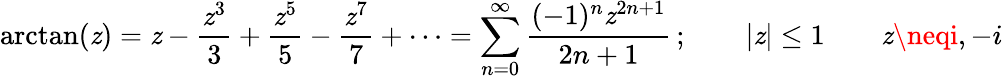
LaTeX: \arctan(\mathit{z})=\mathit{z}-{\frac{{\mathit{z}^{3}}}{{3}}}+{\frac{{\mathit{z}^{5}}}{{5}}}-{\frac{{\mathit{z}^{7}}}{{7}}}+\cdots=\sum_{n=0}^{\infty}{\frac{{(-1)^{n}\mathit{z}^{2n+1}}}{{2n+1}}}\, ;\qquad|\mathit{z}|\leq1\qquad\mathit{z}\neqi,-i